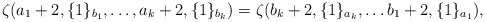
\begin{align*}\zeta(a_1 + 2,\{ 1 \}_{b_1}, \dots, a_k + 2, \{ 1 \}_{b_k})= \zeta(b_k + 2,\{1\}_{a_k}, \dots b_1+2,\{1\}_{a_1}),\end{align*}